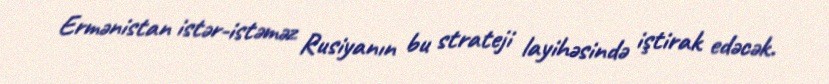
Ermənistan istər-istəməz Rusiyanın bu strateji layihəsində iştirak edəcək.